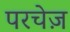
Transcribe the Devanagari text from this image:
परचेज़